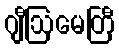
ဂျီဩမေတြီ